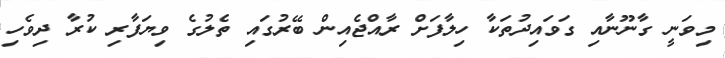
މިވަނީ ގާނޫނާއި ގަވައިދުތަކާ ހިލާފަށް ރާއްޖެއިން ބޭރުގައި ތެލުގެ ވިޔަފާރި ކުރާ ދިވެހި